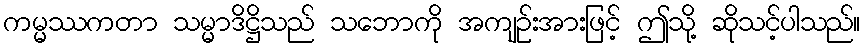
ကမ္မဿကတာ သမ္မာဒိဋ္ဌိသည် သဘောကို အကျဉ်းအားဖြင့် ဤသို့ ဆိုသင့်ပါသည်။